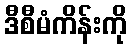
ဒီစီမံကိန်းကို